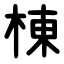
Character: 棟